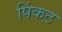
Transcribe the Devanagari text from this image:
पिंकट